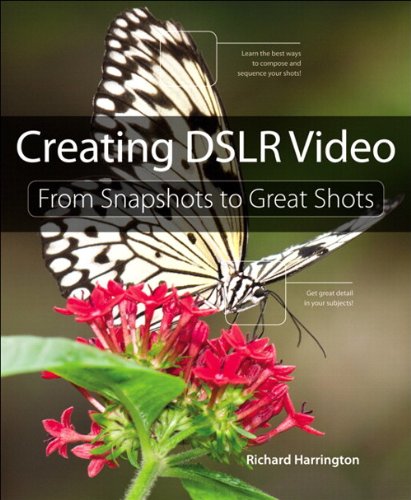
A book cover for Creating DSLR Video: From Snapshots to Great Shots; Richard Harrington; Arts & Photography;